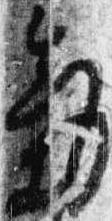
気